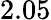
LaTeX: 2.05